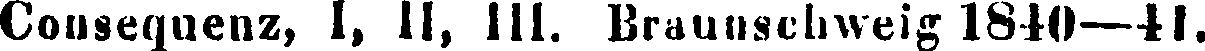
Cousequenz, I, II, III. Braunschweig 1840—41.